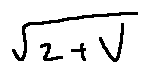
\sqrt { z + V }